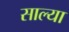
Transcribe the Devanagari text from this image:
साल्या